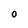
Character: 0